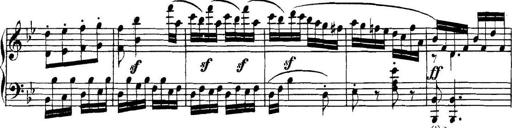
Title: Collected Piano Sonatas
Composer: Muzio Clementi